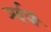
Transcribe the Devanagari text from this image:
जईधी